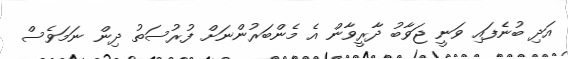
އަދި ބުނެފައި ވަނީ ޖަވާބު ދާރީވާން އެ މެންބަރުންނަށް ފުރުސަތު ދިން ނަމަވެސް